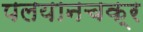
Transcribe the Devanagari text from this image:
पलयानचक्र